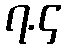
၇.၄